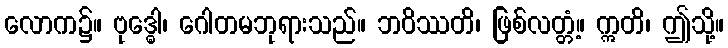
လောက၌။ ဗုဒ္ဓေါ၊ ဂေါတမဘုရားသည်။ ဘဝိဿတိ၊ ဖြစ်လတ္တံ့။ ဣတိ၊ ဤသို့။